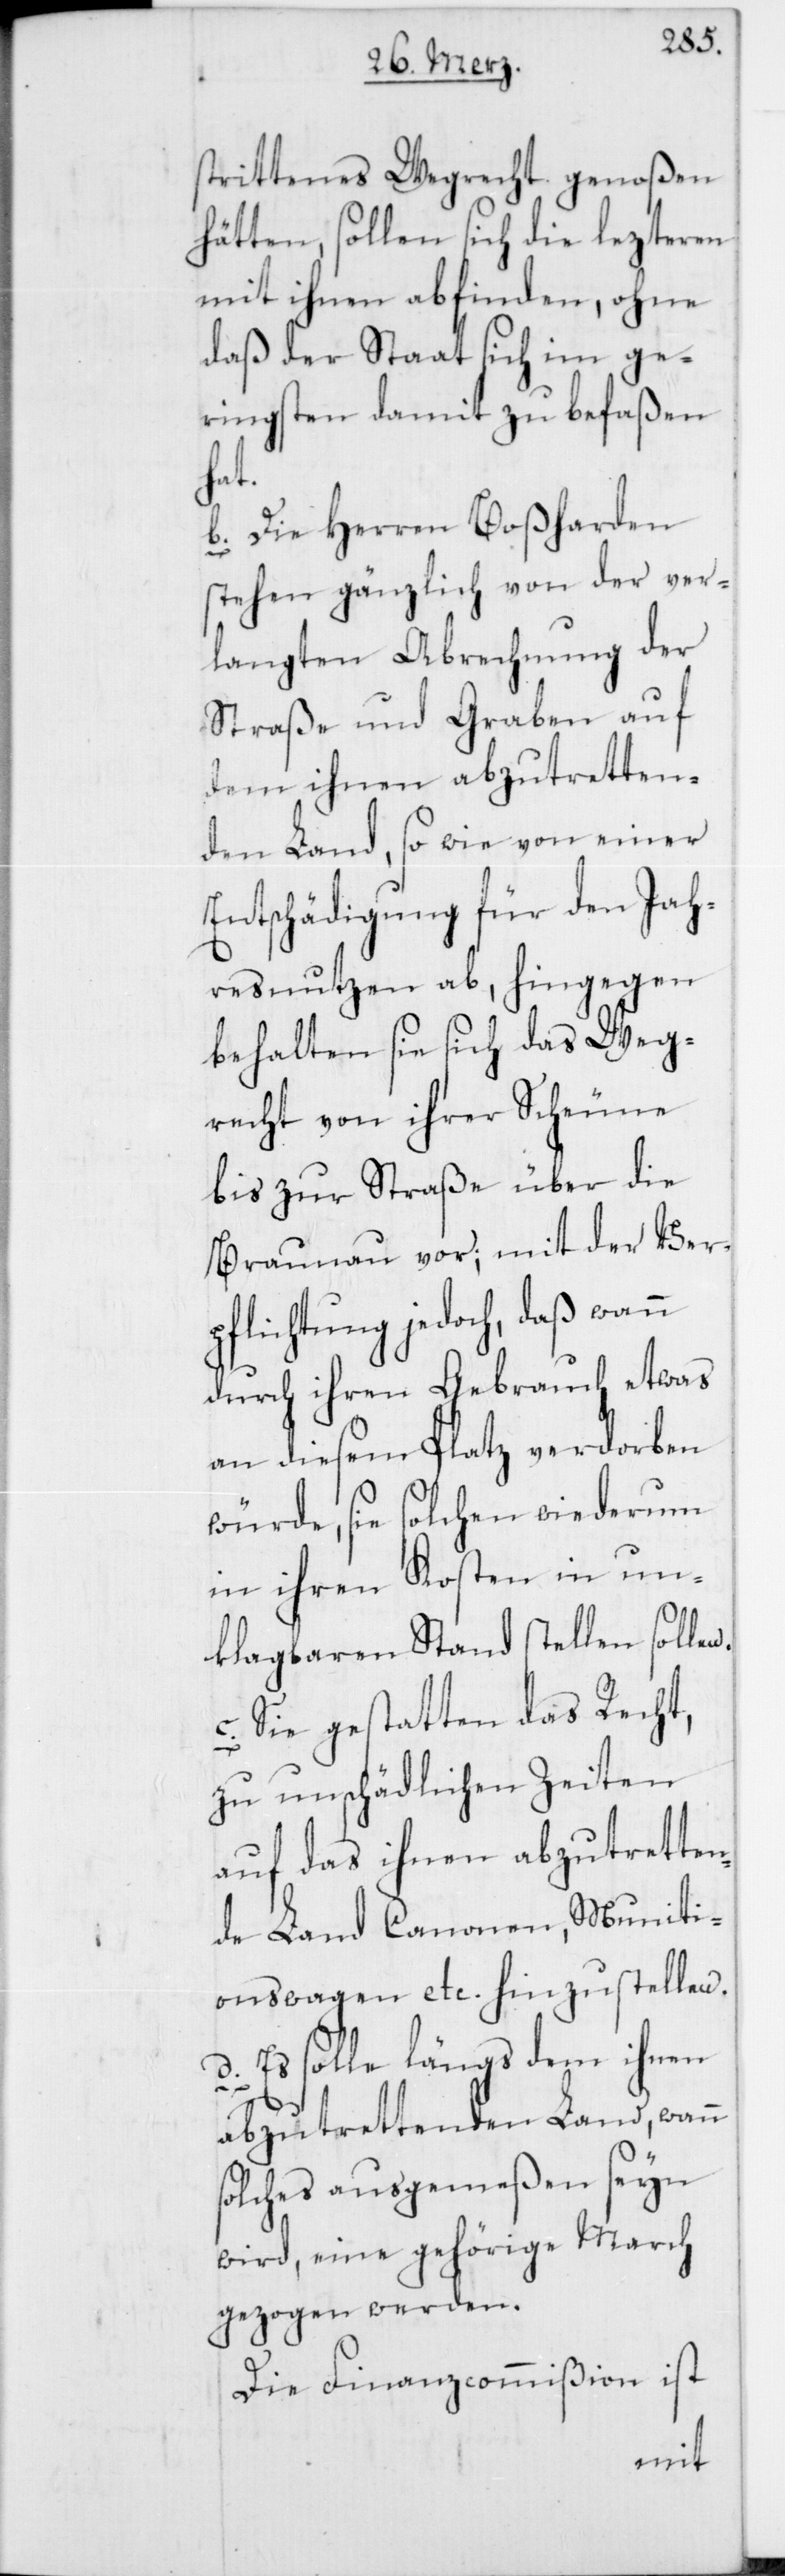
strittenes Wegrecht genoßen
hätten, sollen sich die lezteren
mit ihnen abfinden, ohne
daß der Staat sich im ge¬
ringsten damit zu befaßen
hat.
b. Die Herren Boßharden
stehen gänzlich von der ver¬
langten Abrechnung der
Straße und Graben auf
dem ihnen abzutretten¬
den Land, so wie von einer
Entschädigung für den Jah¬
resnutzen ab, hingegen
behalten sie sich das Weg¬
recht von ihrer Scheune
bis zur Straße über die
Braunau vor; mit der Ver¬
pflichtung jedoch, daß wann
durch ihren Gebrauch etwas
an diesem Platz verdorben
würde, sie solchen wiederum
in ihren Kosten in un¬
klagbaren Stand stellen sollen.
c. Sie gestatten das Recht,
zu unschädlichen Zeiten
auf das ihnen abzutrette¬
nde Land Canonen, Muniti¬
onswagen etc. hinzustellen.
d. Es solle längs dem ihnen
abzutrettenden Land, wann
solches ausgemeßen seyn
wird, eine gehörige March
gezogen werden.
Die Finanzcommißion ist